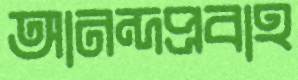
আনন্দপ্রবাহ